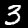
Label: 3